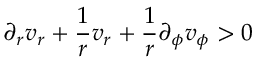
\partial _ { r } v _ { r } + \frac { 1 } { r } v _ { r } + \frac { 1 } { r } \partial _ { \phi } v _ { \phi } > 0